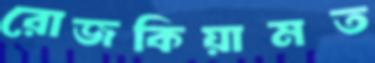
রোজকিয়ামত